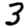
Digit: 3